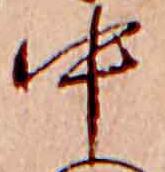
中